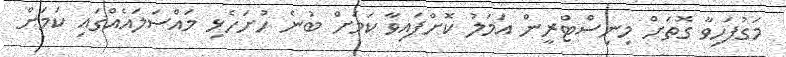
މަގުފަހިވާ ގޮތަށް މިނިސްޓްރީން އަމަލު ކޮށްފައިވާ ކަމަށް ބުނެ ހުށަހެޅި މައްސަލައެއްގައި ކަމަށް